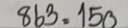
863 = 150